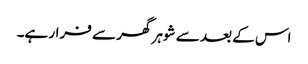
اس کے بعد سے شوہر گھر سے فرار ہے۔